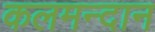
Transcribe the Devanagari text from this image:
कलमन्दान